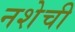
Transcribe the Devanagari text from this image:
नशेची